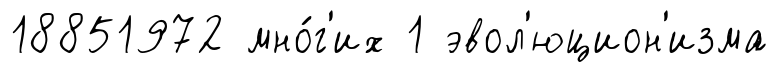
18851972 мно́г'их 1 эвол'юцион'изма